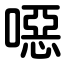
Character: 噁